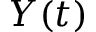
Y ( t )